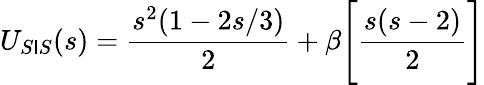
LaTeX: U_{S\mathsf{I}S}(s)=\displaystyle\frac{{s^{2}(1-2s/3)}}{{2}}+\beta\Biggl[\frac{{s(s-2)}}{{2}}\Biggr]